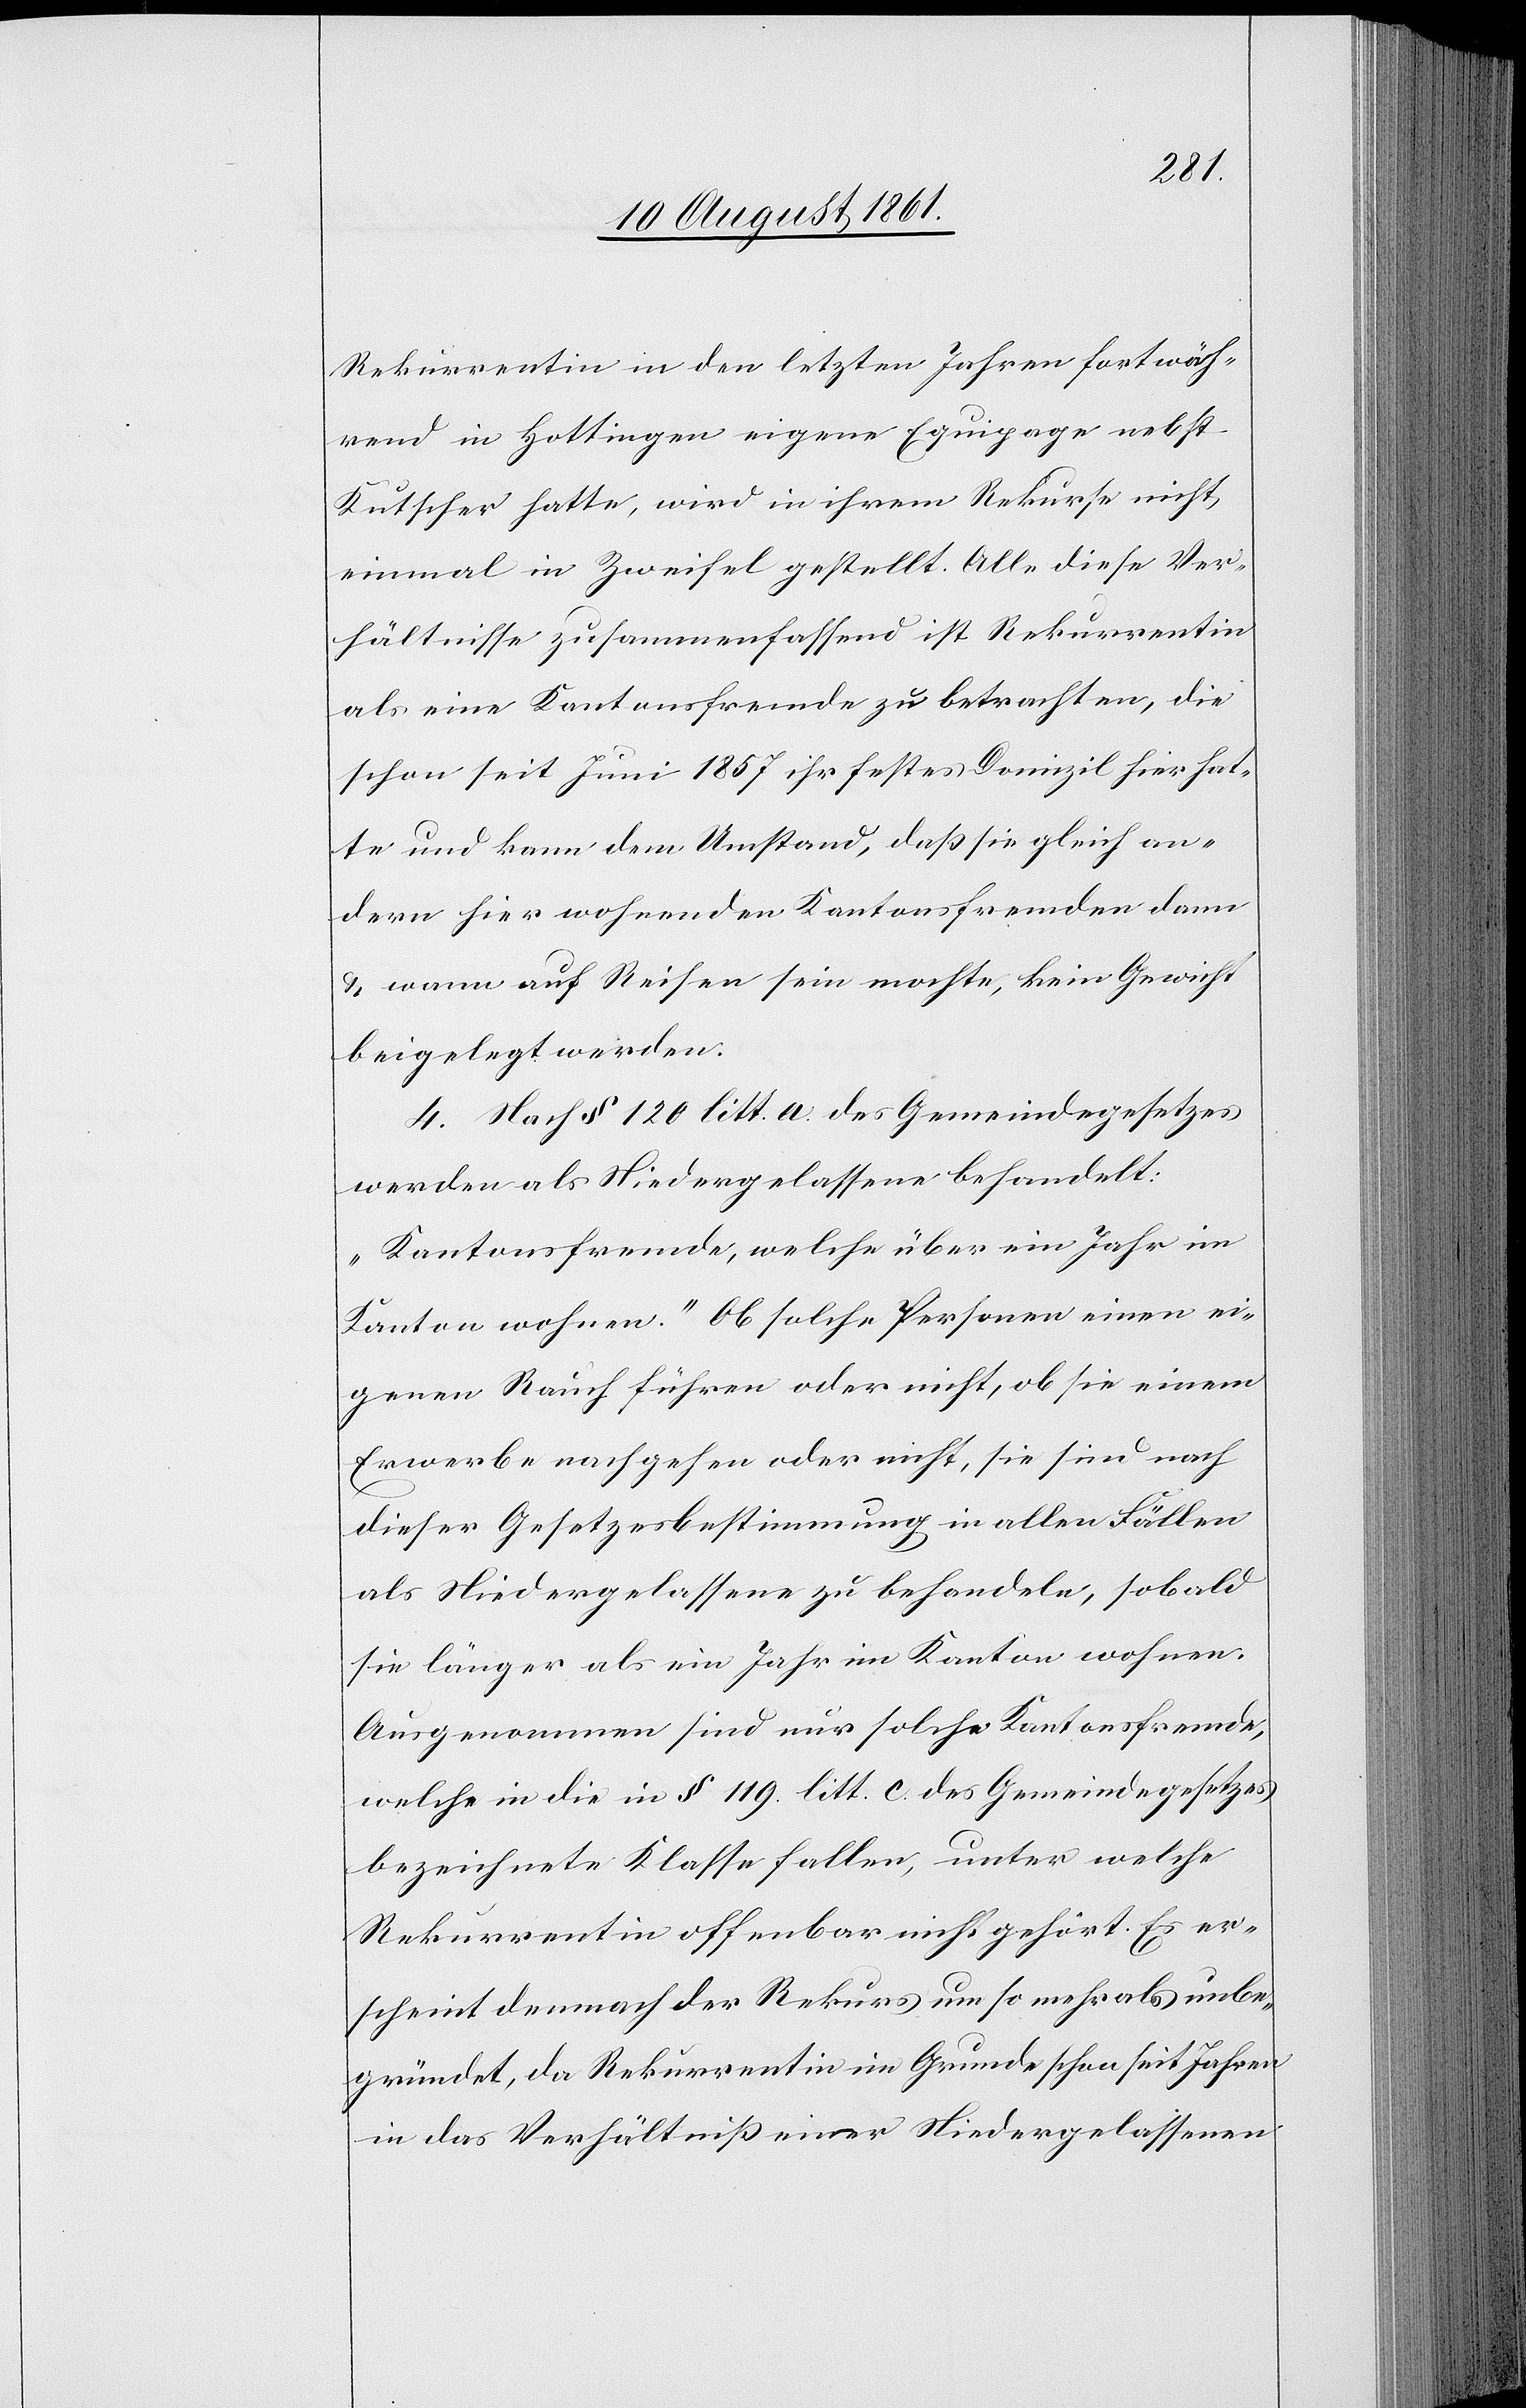
Rekurrentin in den letzten Jahren fortwäh¬
rend in Hottingen eigene Equipage nebst
Kutscher hatte, wird in ihrem Rekurse nicht
einmal in Zweifel gestellt. Alle diese Ver¬
hältnisse zusammenfassend ist Rekurrentin
als eine Kantonsfremde zu betrachten, die
schon seit Juni 1857 ihr festes Domizil hier hat¬
te und kann dem Umstand, daß sie gleich an¬
dern hier wohnenden Kantonsfremden dann
u. wann auf Reisen sein mochte, kein Gewicht
beigelegt werden.
4. Nach § 120 litt. a. des Gemeindegesetzes
werden als Niedergelassene behandelt:
„Kantonsfremde, welche über ein Jahr im
Kanton wohnen.“ Ob solche Personen einen ei¬
genen Rauch führen oder nicht, ob sie einem
Erwerbe nachgehen oder nicht, sie sind nach
dieser Gesetzesbestimmung in allen Fällen
als Niedergelassene zu behandeln, sobald
sie länger als ein Jahr im Kanton wohnen.
Ausgenommen sind nur solche Kantonsfremde,
welche in die in § 119. litt. c. des Gemeindegesetzes
bezeichnete Klasse fallen, unter welche
Rekurrentin offenbar nicht gehört. Es er¬
scheint demnach der Rekurs um so mehr als unbe¬
gründet, da Rekurrentin im Grunde schon seit Jahren
in das Verhältniß einer Niedergelassenen